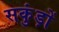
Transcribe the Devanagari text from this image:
सकुंड़ों